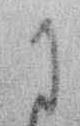
に